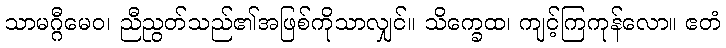
သာမဂ္ဂီမေဝ၊ ညီညွတ်သည်၏အဖြစ်ကိုသာလျှင်။ သိက္ခေထ၊ ကျင့်ကြကုန်လော။ ဧတံ